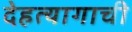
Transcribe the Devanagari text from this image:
देहत्यागाची